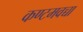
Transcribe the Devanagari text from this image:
कण्टमवच्चा